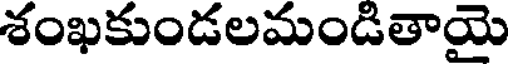
శంఖకుండలమండితాయై